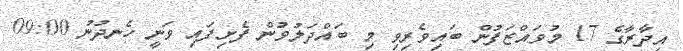
އިދާރާގެ 17 މުވައްޒަފުން ބައިވެރިވި މި ބައްދަލުވުން ފެށިފައި ވަނީ ހެނދުނު 09:00